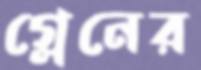
গ্লেনের